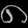
Digit: ၈